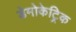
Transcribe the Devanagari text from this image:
डेमोकेट्रिक